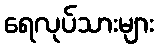
ရေလုပ်သားများ